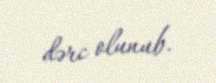
dərc olunub.